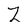
Character: Z